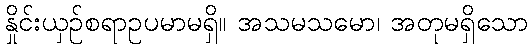
နှိုင်းယှဉ်စရာဥပမာမရှိ။ အသမသမော၊ အတုမရှိသော